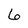
Character: 6